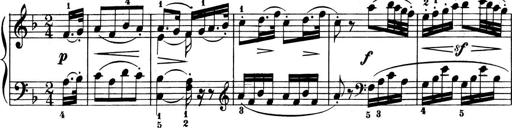
Title: 6 Piano Sonatinas
Composer: Cornelius Gurlitt